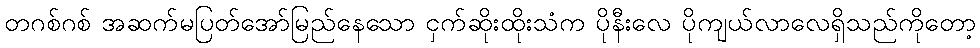
တဂစ်ဂစ် အဆက်မပြတ်အော်မြည်နေသော ငှက်ဆိုးထိုးသံက ပိုနီးလေ ပိုကျယ်လာလေရှိသည်ကိုတော့